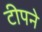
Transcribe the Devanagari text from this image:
टीपने